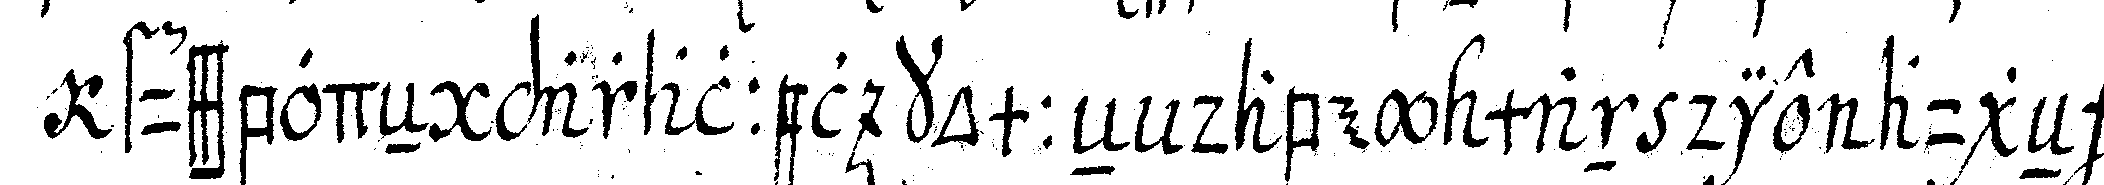
fussbodeN paralel kommeN dabey man die augeN